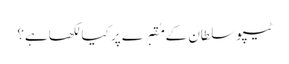
ٹیپو سلطان کے مُقبرے پر کیا لکھاہے؟